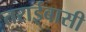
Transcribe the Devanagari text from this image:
तराईबासी